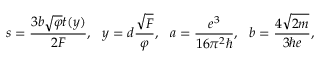
s = \frac { 3 b \sqrt { \varphi } t ( y ) } { 2 F } , ~ ~ y = d \frac { { \sqrt F } } { \varphi } , ~ ~ a = \frac { { { e ^ { 3 } } } } { { 1 6 { \pi ^ { 2 } } \hbar } } , ~ ~ b = \frac { { 4 \sqrt { 2 m } } } { { 3 \hbar e } } ,